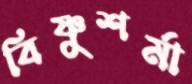
বিষ্ণুশর্মা